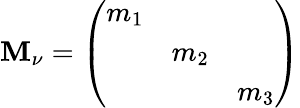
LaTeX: \mathbf{M}_{\nu}=\left(\begin{array}{ccc}{{m_{1}}}&{{}}&{{}}\\ {{}}&{{m_{2}}}&{{}}\\ {{}}&{{}}&{{m_{3}}}\end{array}\right)